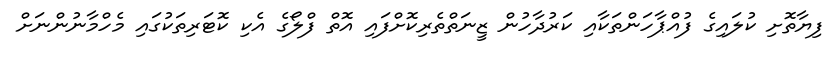
ފިޔާތޮށި ކުލައިގެ ފުއްޕާހަންތަކާއި ކަރުދާހުން ޒީނަތްތެރިކޮށްފައި އޮތް ފްލޯގެ އެކި ކޮޓަރިތަކުގައި މެހްމާނުންނަށް